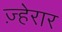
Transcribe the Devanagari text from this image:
ज़्हेरार